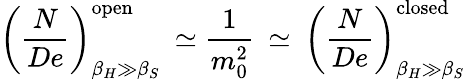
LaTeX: \left(\frac{N}{De}\right)_{\beta_{H}\gg\beta_{S}}^{\mathrm{open}}\: \simeq\frac{1}{m_{0}^{2}}\: \simeq\: \left(\frac{N}{De}\right)_{\beta_{H}\gg\beta_{S}}^{\mathrm{closed}}